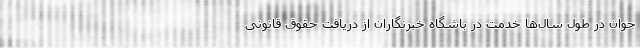
جوان در طول سال‌ها خدمت در باشگاه خبرنگاران از دریافت حقوق قانونی